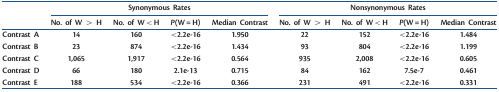
<table><thead><tr><td rowspan="2"></td><td colspan="4"><b>Synonymous Rates</b></td><td colspan="4"><b>Nonsynonymous Rates</b></td></tr><tr><td><b>No. of W &gt; H</b></td><td><b>No. of W &lt; H</b></td><td><b><i>P</i>(W = H)</b></td><td><b>Median Contrast</b></td><td><b>No. of W &gt; H</b></td><td><b>No. of W &lt; H</b></td><td><b><i>P</i>(W = H)</b></td><td><b>Median Contrast</b></td></tr></thead><tbody><tr><td>Contrast A</td><td>14</td><td>160</td><td>&lt;2.2e-16</td><td>1.950</td><td>22</td><td>152</td><td>&lt;2.2e-16</td><td>1.484</td></tr><tr><td>Contrast B</td><td>23</td><td>874</td><td>&lt;2.2e-16</td><td>1.434</td><td>93</td><td>804</td><td>&lt;2.2e-16</td><td>1.199</td></tr><tr><td>Contrast C</td><td>1,065</td><td>1,917</td><td>&lt;2.2e-16</td><td>0.564</td><td>935</td><td>2,008</td><td>&lt;2.2e-16</td><td>0.605</td></tr><tr><td>Contrast D</td><td>66</td><td>180</td><td>2.1e-13</td><td>0.715</td><td>84</td><td>162</td><td>7.5e-7</td><td>0.461</td></tr><tr><td>Contrast E</td><td>188</td><td>534</td><td>&lt;2.2e-16</td><td>0.366</td><td>231</td><td>491</td><td>&lt;2.2e-16</td><td>0.331</td></tr></tbody></table>